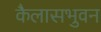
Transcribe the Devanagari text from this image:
कैलासभुवन